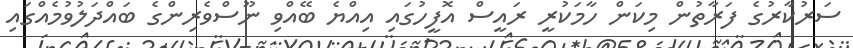
ސަރުކާރުގެ ފަރާތުން މިކަން ހާމަކުރީ ރައީސް އޮފީހުގައި އިއްޔެ ބޭއްވި ނޫސްވެރިންގެ ބައްދަލުވުމެއްގައި